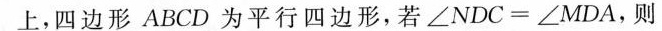
上，四边形ABCD为平行四边形，若$$\angle N D C = \angle M D A$$，则